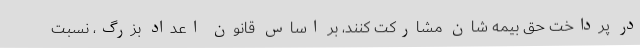
در پرداخت حق بیمه شان مشارکت کنند، بر اساس قانون اعداد بزرگ، نسبت